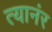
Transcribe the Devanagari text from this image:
त्यानंर